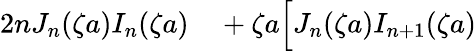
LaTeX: \begin{array}{rl}{2nJ_{n}(\zeta a)I_{n}(\zeta a)}&{{}+\zeta a\Big[J_{n}(\zeta a)I_{n+1}(\zeta a)}\end{array}